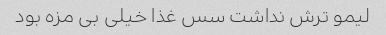
لیمو ترش نداشت سس غذا خیلی بی مزه بود